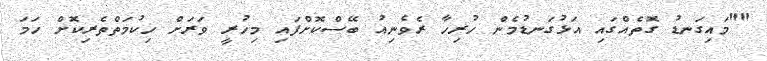
""މައިގަނޑު ގޮތެއްގައި އަޅުގަނޑުމެން ހުރިހާ ރެވެނިއު ބޭސްކޮށްފައި މިހުރީ ވަރަށް ހިކުމަތްތެރިކޮށް ހަމަ